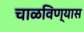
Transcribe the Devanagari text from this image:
चाळविण्यास